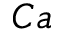
C a